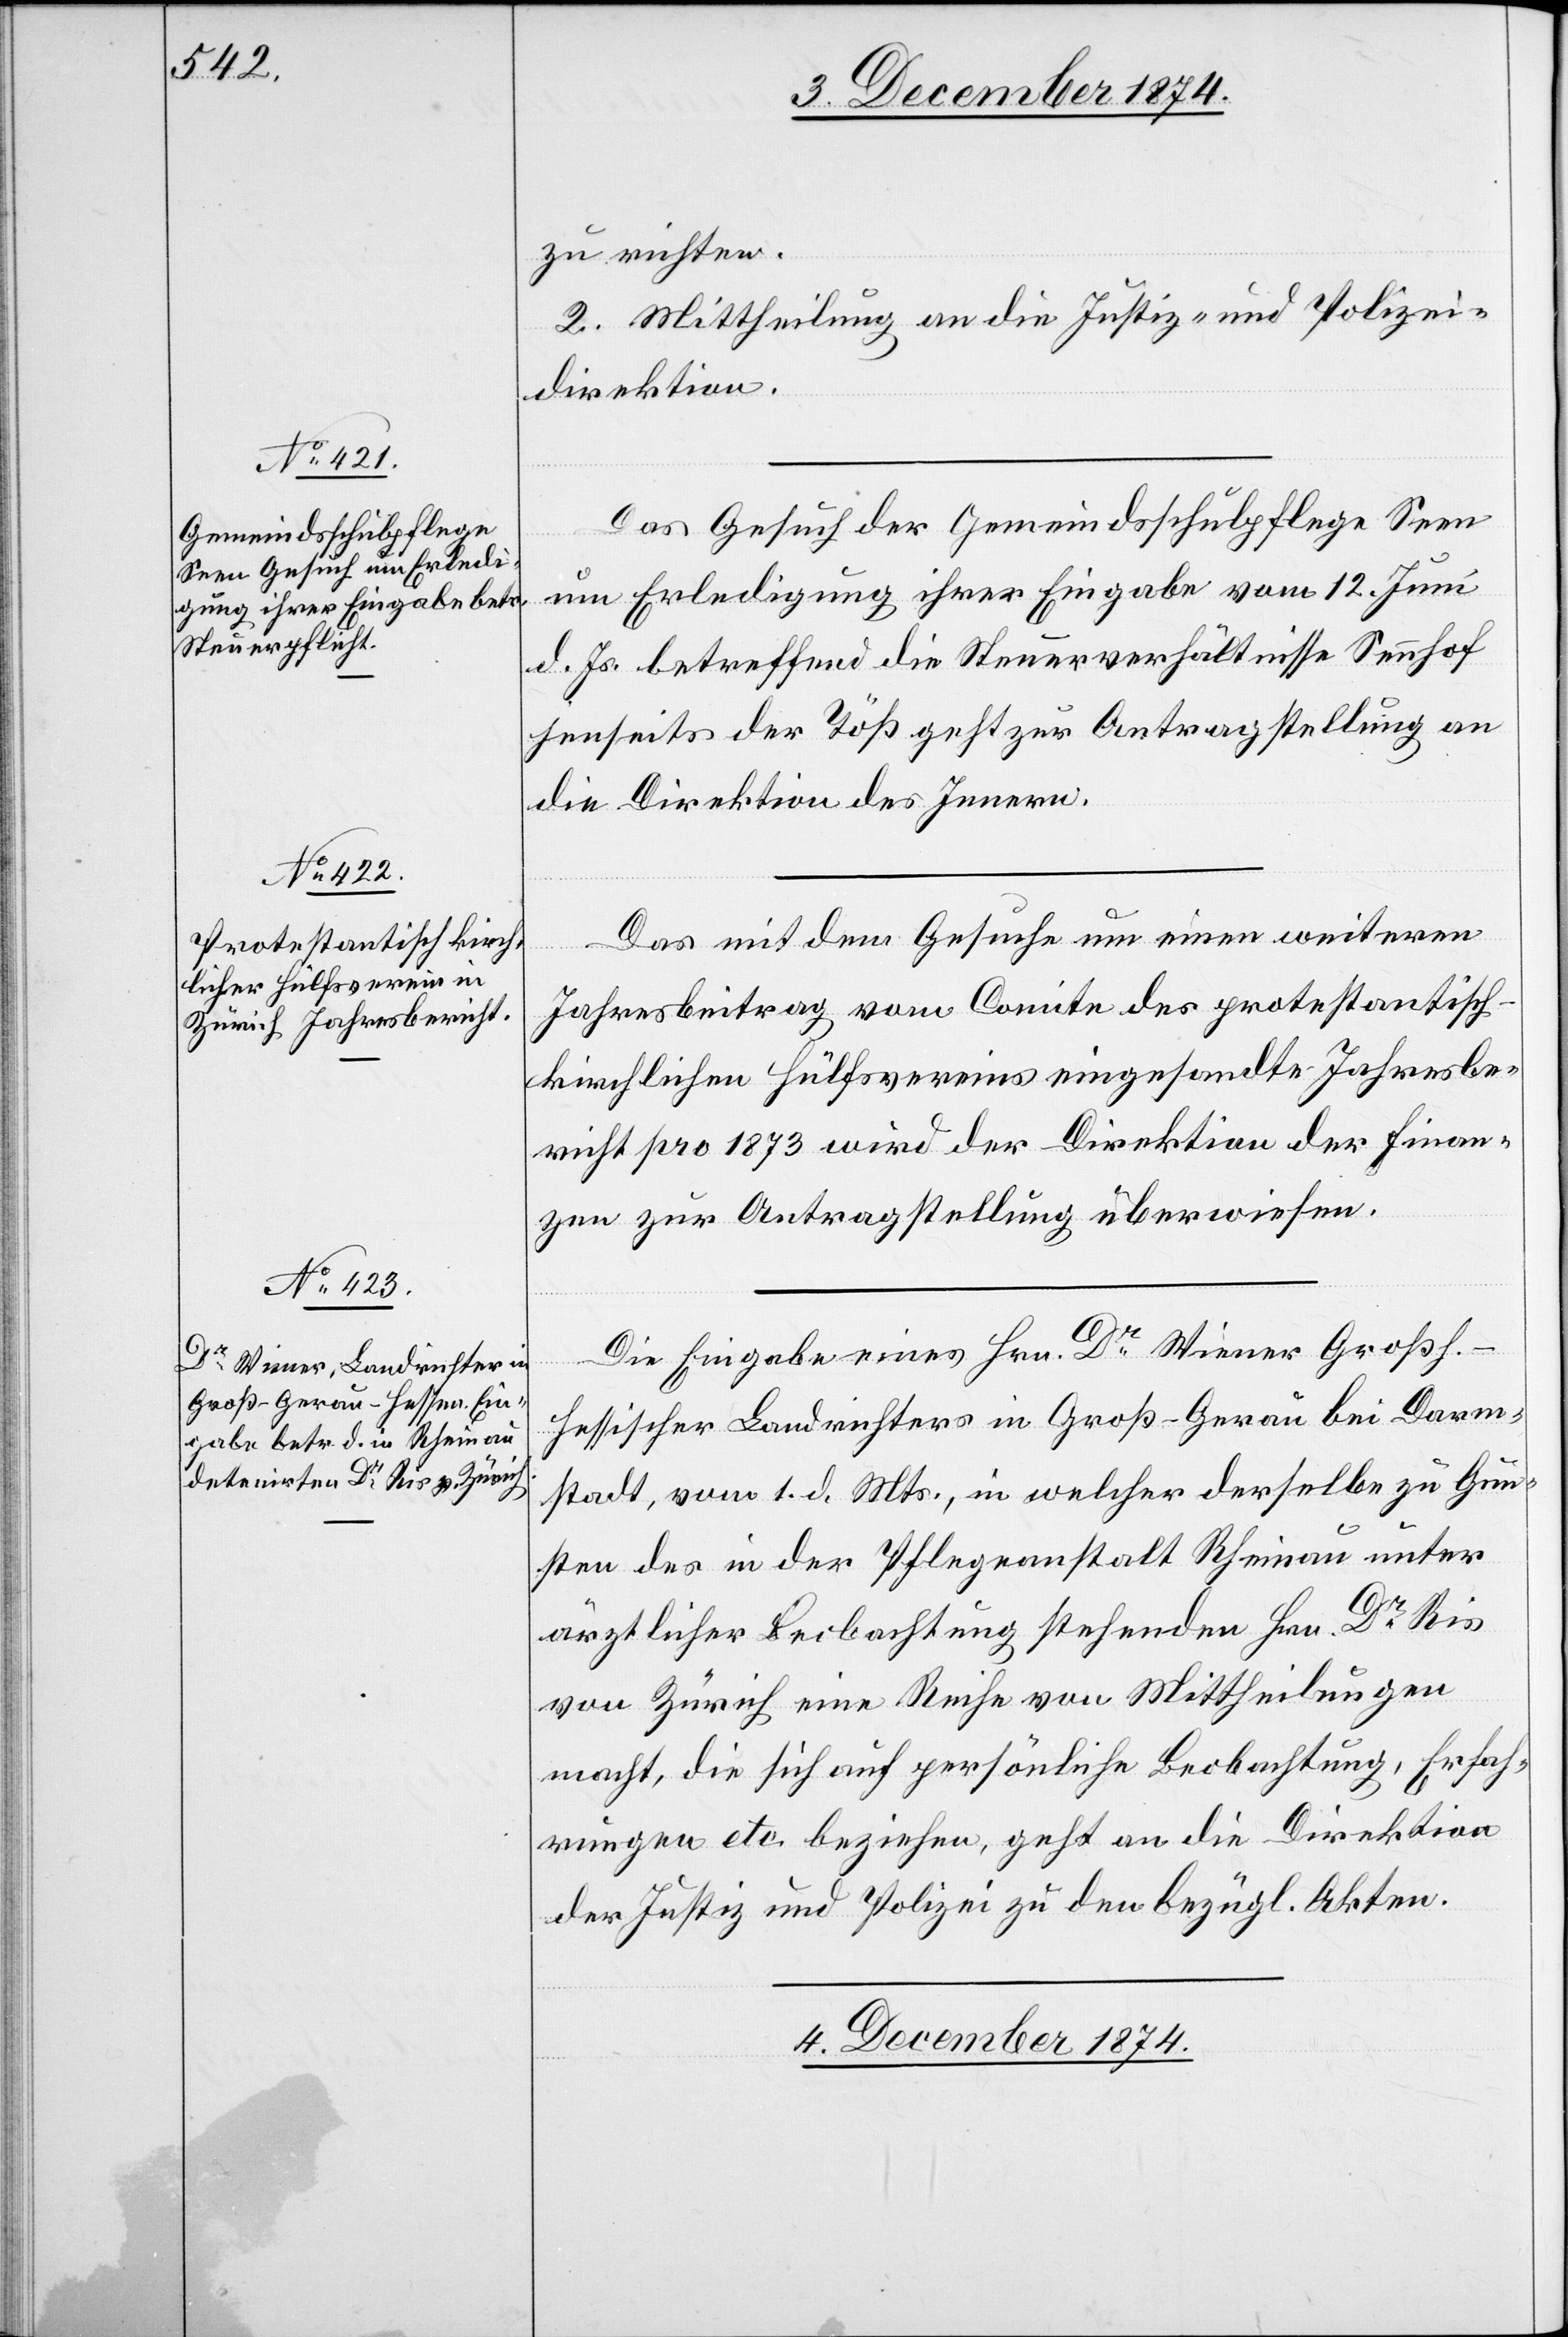
3. December 1874.]
zu richten.
2. Mittheilung an die Justiz- & Polizei¬
direktion.
Das Gesuch der Gemeindsschulpflege Seen
um Erledigung ihrer Eingabe vom 12. Juni
d. Js. betreffend die Steuerverhältnisse Sennhof
jenseits der Töß geht zur Antragstellung an
die Direktion des Innern.
[sic!] mit dem Gesuche um einen weiteren
Jahresbeitrag vom Comite des protestantisch-k¬
irchlichen Hülfsvereins eingesandte Jahresbe¬
richt pro 1873 wird der Direktion der Finan¬
zen zur Antragstellung überwiesen.
Die Eingabe eines Hrn. Dr Wiener Großh.-h¬
essischer Landrichters in Groß-Gerau bei Darm¬
stadt, vom 1. d. Mts., in welcher derselbe zu Gun¬
sten des in der Pflegeanstalt Rheinau unter
ärztlicher Beobachtung stehenden Hrn. Dr Ris
von Zürich eine Reihe von Mittheilungen
macht, die sich auf persönliche Beobachtung, Erfah¬
rungen etc. beziehen, geht an die Direktion
der Justiz und Polizei zu den bezügl. Akten.
4. December 1874.